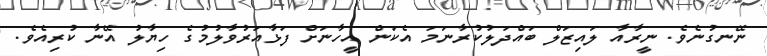
ނޭނގުނެވެ. ނީރާއާ ލައިޒަލް ބައްދަލުކުރާނަމަ އެކަން އީހާނަށް ފަޅާއަރުވާލުމުގެ ހިޔާލު އޭނާ ކުރިއެވެ.